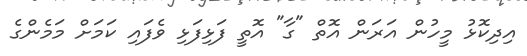
އިދިކޮޅު މީހުން އަރަން އޮތް "ގާ" އޮތީ ފަޅިފަޅި ވެފައި ކަމަށް މަމެންގެ